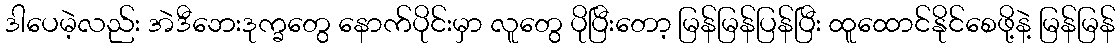
ဒါပေမဲ့လည်း အဲဒီဘေးဒုက္ခတွေ နောက်ပိုင်းမှာ လူတွေ ပိုပြီးတော့ မြန်မြန်ပြန်ပြီး ထူထောင်နိုင်စေဖို့နဲ့ မြန်မြန်